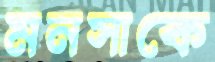
মনসাকে